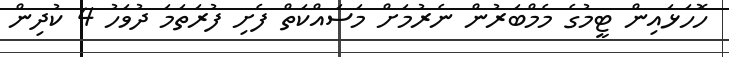
ހޮހަޅައިން ޓީމުގެ މެމްބަރުން ނެރުމަށް މަސައްކަތް ފެށި ފުރަތަމަ ދުވަހު 4 ކުދިން